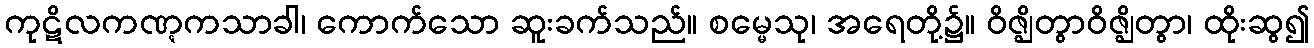
ကုဋိလကဏ္ဋကသာခါ၊ ကောက်သော ဆူးခက်သည်။ စမ္မေသု၊ အရေတို့၌။ ဝိဇ္ဈိတွာဝိဇ္ဈိတွာ၊ ထိုးဆွ၍